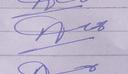
Signature authenticity: forged